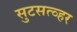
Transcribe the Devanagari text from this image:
सुटसत्व्हर